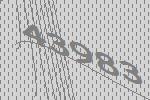
43983